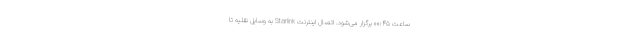
ساعت ۰۰:۴۵ برگزار می‌شود. اتصال اینترنت Starlink به وسایل نقلیه تا